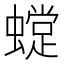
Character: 𧑽